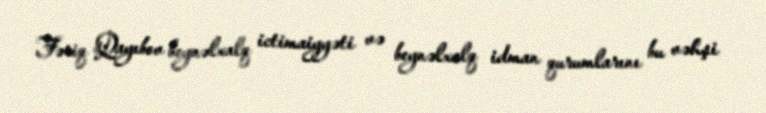
Fəriq Qayıbov beynəlxalq ictimaiyyəti və beynəlxalq idman qurumlarını bu vəhşi